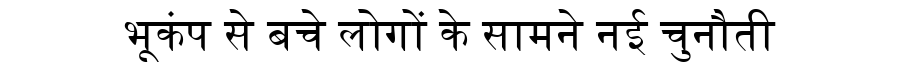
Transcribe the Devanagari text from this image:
भूकंप से बचे लोगों के सामने नई चुनौती